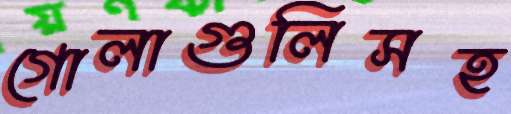
গোলাগুলিসহ